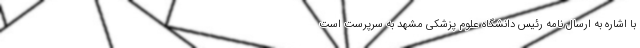
با اشاره به ارسال نامه رئیس دانشگاه علوم پزشکی مشهد به سرپرست است